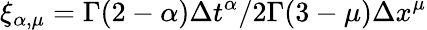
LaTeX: \xi_{\alpha,\mu}=\Gamma(2-\alpha)\Delta t^{\alpha}/2\Gamma(3-\mu)\Delta x^{\mu}